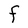
Character: F